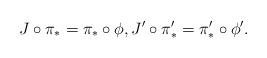
LaTeX: \begin{align*}J\circ \pi_{\ast} = \pi_{\ast}\circ \phi, J'\circ \pi'_{\ast} = \pi'_{\ast}\circ \phi'.\end{align*}